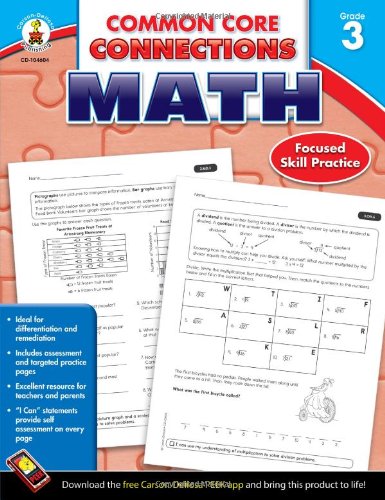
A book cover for Common Core Connections Math, Grade 3; Education & Teaching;